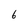
Character: 6